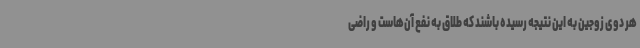
هر دوی زوجین به این نتیجه رسیده باشند که طلاق به نفع آن‌هاست و راضی